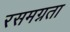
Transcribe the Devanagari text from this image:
रसमग्नता